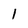
Character: 1